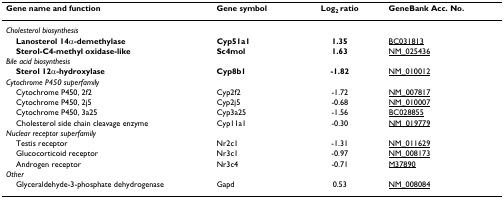
<table><thead><tr><td><b>Gene name and function</b></td><td><b>Gene symbol</b></td><td><b>Log<sub>2 </sub>ratio</b></td><td><b>GeneBank Acc. No.</b></td></tr></thead><tbody><tr><td><i>Cholesterol biosynthesis</i></td><td></td><td></td><td></td></tr><tr><td> <b>Lanosterol 14α-demethylase</b></td><td><b>Cyp51a1</b></td><td><b>1.35</b></td><td>BC031813</td></tr><tr><td> <b>Sterol-C4-methyl oxidase-like</b></td><td><b>Sc4mol</b></td><td><b>1.63</b></td><td>NM_025436</td></tr><tr><td><i>Bile acid biosynthesis</i></td><td></td><td></td><td></td></tr><tr><td> <b>Sterol 12α-hydroxylase</b></td><td><b>Cyp8b1</b></td><td><b>-1.82</b></td><td>NM_010012</td></tr><tr><td><i>Cytochrome P450 superfamily</i></td><td></td><td></td><td></td></tr><tr><td> Cytochrome P450, 2f2</td><td>Cyp2f2</td><td>-1.72</td><td>NM_007817</td></tr><tr><td> Cytochrome P450, 2j5</td><td>Cyp2j5</td><td>-0.68</td><td>NM_010007</td></tr><tr><td> Cytochrome P450, 3a25</td><td>Cyp3a25</td><td>-1.56</td><td>BC028855</td></tr><tr><td> Cholesterol side chain cleavage enzyme</td><td>Cyp11a1</td><td>-0.30</td><td>NM_019779</td></tr><tr><td><i>Nuclear receptor superfamily</i></td><td></td><td></td><td></td></tr><tr><td> Testis receptor</td><td>Nr2c1</td><td>-1.31</td><td>NM_011629</td></tr><tr><td> Glucocorticoid receptor</td><td>Nr3c1</td><td>-0.97</td><td>NM_008173</td></tr><tr><td> Androgen receptor</td><td>Nr3c4</td><td>-0.71</td><td>M37890</td></tr><tr><td><i>Other</i></td><td></td><td></td><td></td></tr><tr><td> Glyceraldehyde-3-phosphate dehydrogenase</td><td>Gapd</td><td>0.53</td><td>NM_008084</td></tr></tbody></table>